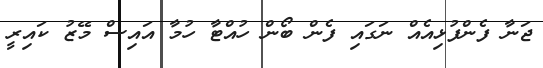
ޖަނާ ފެންފުޅިއެއް ނަގައި ފެން ބޯން ހުއްޓާ ހުމާ އައިސް މޭޒު ކައިރީ